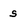
Character: s